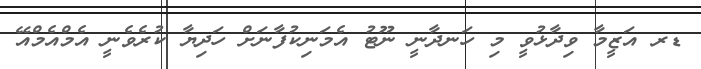
ޑރ އަޒީމާ ވިދާޅުވީ މި ހަނދާނީ ނޫޓު އެމަނިކުފާނަށް ހަދިޔާ ކުރެވެނީ އެމްއެމްއޭ